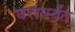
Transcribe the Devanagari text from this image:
घरापर्यंत